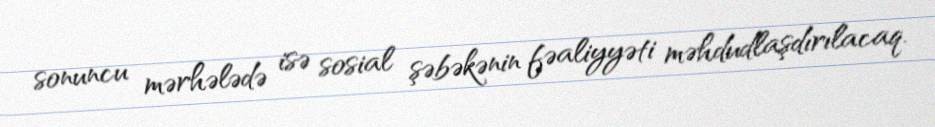
sonuncu mərhələdə isə sosial şəbəkənin fəaliyyəti məhdudlaşdırılacaq.